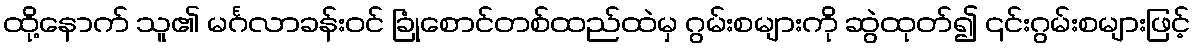
ထို့နောက် သူ၏ မင်္ဂလာခန်းဝင် ခြုံစောင်တစ်ထည်ထဲမှ ဂွမ်းစများကို ဆွဲထုတ်၍ ၎င်းဂွမ်းစများဖြင့်